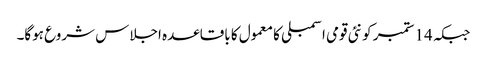
جبکہ 14 ستمبر کو نئی قومی اسمبلی کا معمول کا باقاعدہ اجلاس شروع ہوگا۔